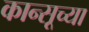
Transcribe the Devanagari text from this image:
कान्सूच्या